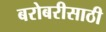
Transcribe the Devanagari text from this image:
बरोबरीसाठी